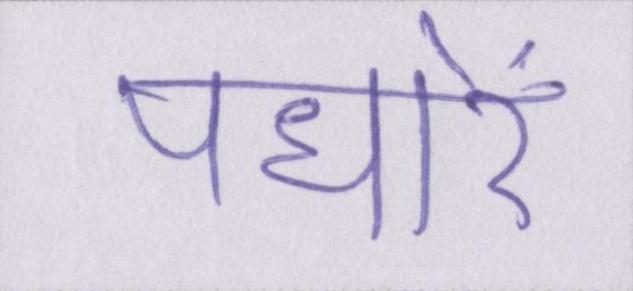
पधारें